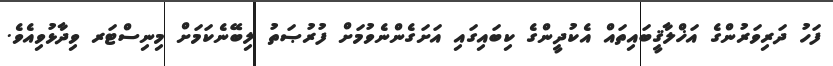
ފަހު ދަރިވަރުންގެ އަޚްލާޤީބައިތައް އެކުދީންގެ ކިބައިގައި އަށަގެންނެވުމަށް ފުރުޞަތު ލިބޭނެކަމަށް މިނިސްޓަރ ވިދާޅުވިއެވެ.